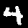
Digit: 4